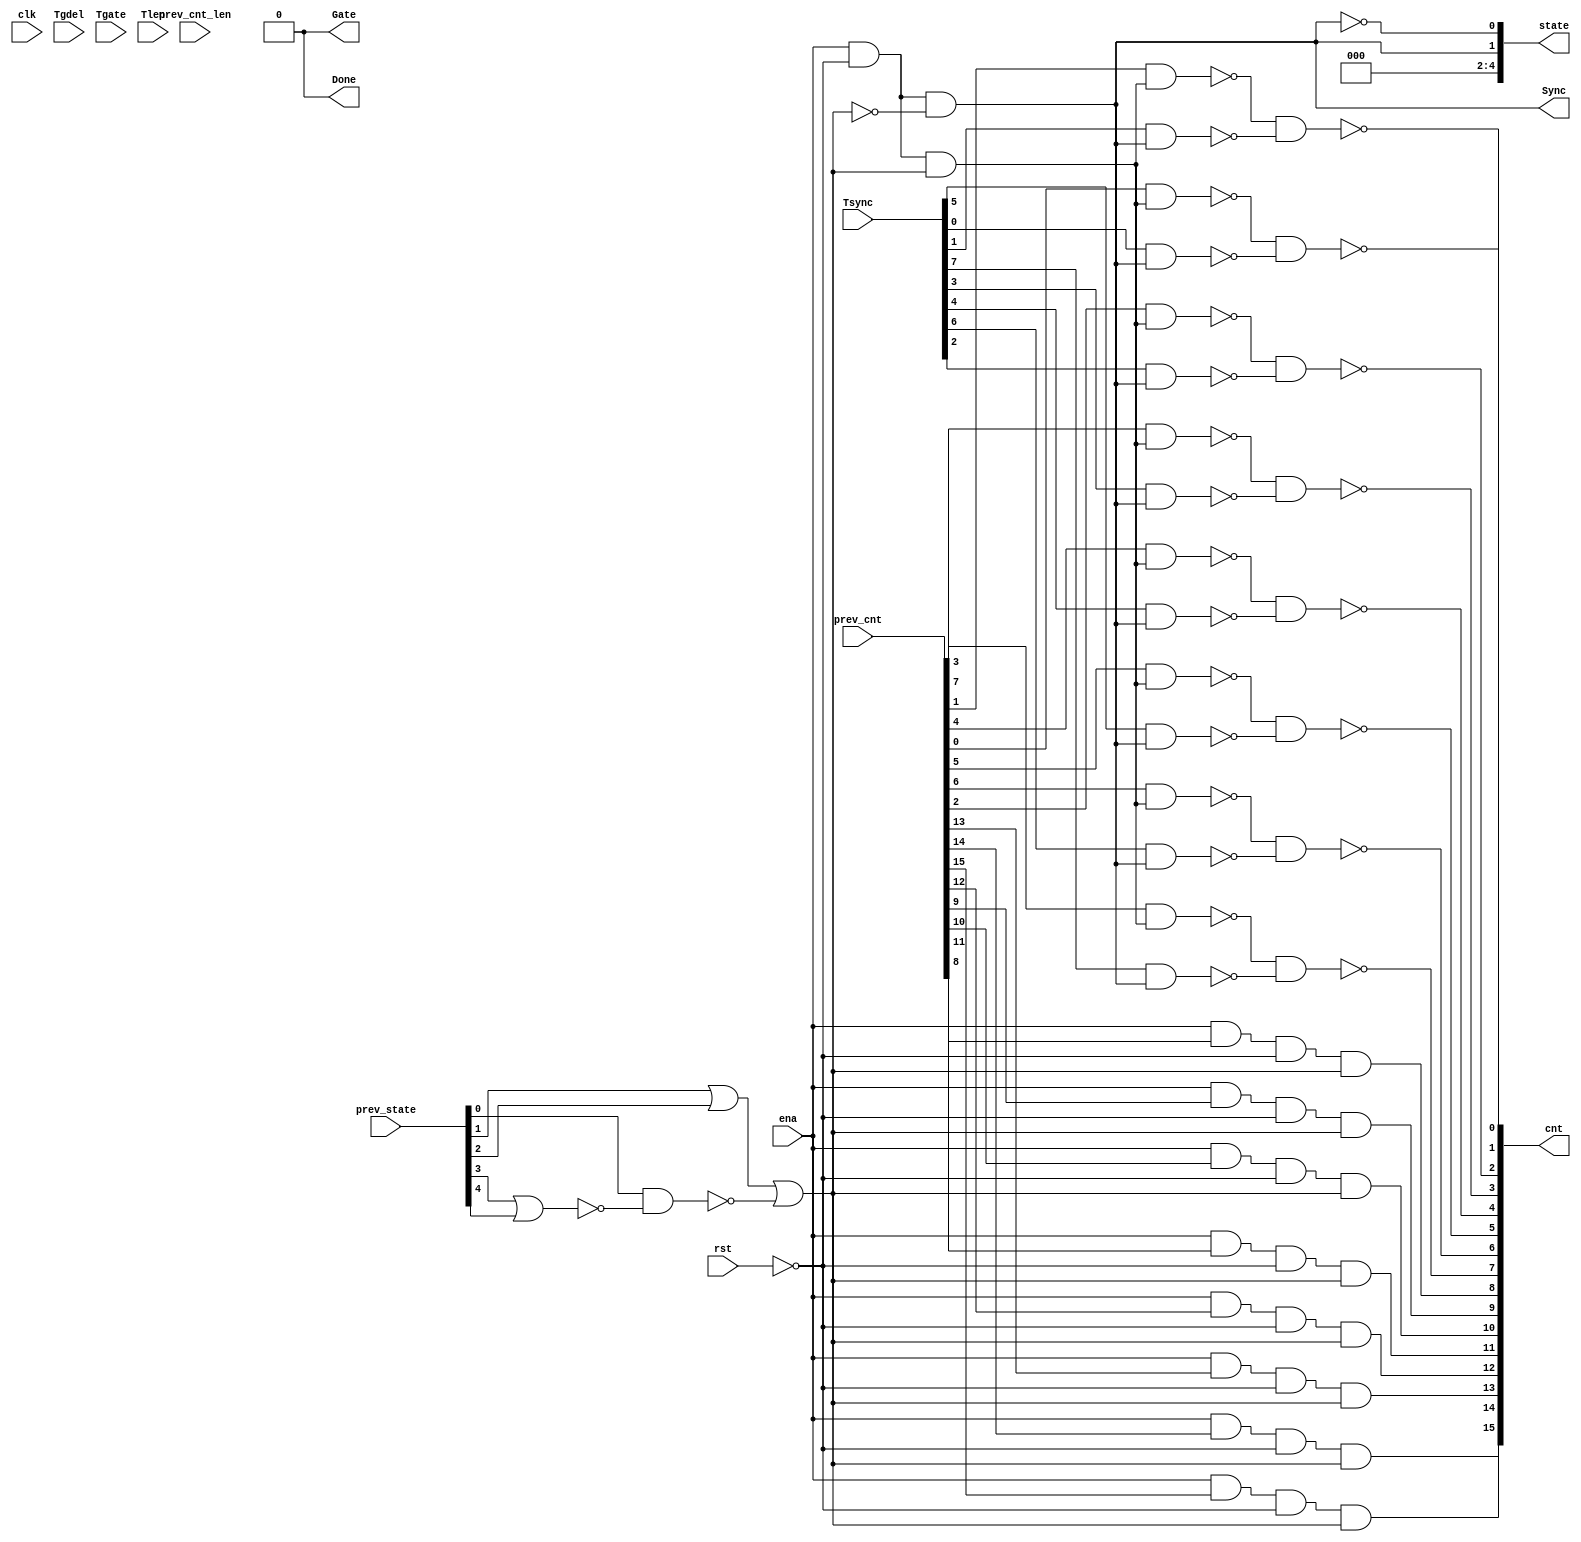

// Generated by Cadence Genus(TM) Synthesis Solution 19.20-d227_1
// Generated on: Aug  3 2021 03:02:40 PDT (Aug  3 2021 10:02:40 UTC)

// Verification Directory fv/top 

module top(clk, ena, rst, Tsync, Tgdel, Tgate, Tlen, Sync, Gate, Done,
     prev_state, prev_cnt, prev_cnt_len, cnt, state);
  input clk, ena, rst;
  input [7:0] Tsync, Tgdel;
  input [15:0] Tgate, Tlen, prev_cnt, prev_cnt_len;
  input [4:0] prev_state;
  output Sync, Gate, Done;
  output [15:0] cnt;
  output [4:0] state;
  wire clk, ena, rst;
  wire [7:0] Tsync, Tgdel;
  wire [15:0] Tgate, Tlen, prev_cnt, prev_cnt_len;
  wire [4:0] prev_state;
  wire Sync, Gate, Done;
  wire [15:0] cnt;
  wire [4:0] state;
  wire n_0, n_1, n_2, n_3, n_5, n_6, n_7, n_8;
  wire n_9, n_10, n_11, n_12, n_13, n_14, n_15, n_16;
  wire n_17, n_18, n_19, n_20, n_21, n_22, n_23, n_24;
  wire n_25, n_26, n_27, n_28, n_29, n_30, n_31, n_32;
  wire n_33, n_34, n_35, n_36, n_37, n_38, n_39, n_40;
  wire n_41;
  assign state[2] = 1'b0;
  assign state[3] = 1'b0;
  assign state[4] = 1'b0;
  assign Done = 1'b0;
  assign Gate = 1'b0;
  nand g1850 (n_41, n_21, n_33);
  nand g1848 (n_40, n_20, n_18);
  nand g1849 (n_39, n_29, n_24);
  nand g1853 (n_38, n_25, n_19);
  nand g1854 (n_37, n_27, n_26);
  nand g1851 (n_36, n_17, n_16);
  nand g1852 (n_35, n_31, n_23);
  nand g1847 (n_34, n_22, n_30);
  nand g1868 (n_33, Tsync[5], n_32);
  nand g1867 (n_31, prev_cnt[3], n_28);
  nand g1860 (n_30, Tsync[0], n_32);
  nand g1858 (n_29, prev_cnt[7], n_28);
  nand g1856 (n_27, prev_cnt[1], n_28);
  nand g1857 (n_26, Tsync[1], n_32);
  nand g1870 (n_25, prev_cnt[4], n_28);
  nand g1862 (n_24, Tsync[7], n_32);
  nand g1875 (n_23, Tsync[3], n_32);
  nand g1859 (n_22, prev_cnt[0], n_28);
  nand g1873 (n_21, prev_cnt[5], n_28);
  nand g1863 (n_20, prev_cnt[6], n_28);
  nand g1871 (n_19, Tsync[4], n_32);
  nand g1865 (n_18, Tsync[6], n_32);
  nand g1876 (n_17, prev_cnt[2], n_28);
  nand g1877 (n_16, Tsync[2], n_32);
  and g1864 (n_15, ena, prev_cnt[13], n_12, n_13);
  and g1855 (n_14, ena, prev_cnt[14], n_12, n_13);
  and g1861 (n_11, ena, prev_cnt[15], n_12, n_13);
  and g1866 (n_10, ena, prev_cnt[12], n_12, n_13);
  and g1874 (n_9, ena, prev_cnt[9], n_12, n_13);
  and g1869 (n_8, ena, prev_cnt[10], n_12, n_13);
  and g1872 (n_7, ena, prev_cnt[11], n_12, n_13);
  and g1878 (n_6, ena, prev_cnt[8], n_12, n_13);
  not g1880 (n_5, n_3);
  and g1879 (n_28, ena, n_12, n_13);
  assign state[0] = n_3;
  not g1882 (n_32, n_3);
  nand g1883 (n_3, ena, n_12, n_2);
  not g1884 (n_13, n_2);
  nor g1885 (n_2, prev_state[1], prev_state[2], n_1);
  nand g1886 (n_1, prev_state[0], n_0);
  nor g1887 (n_0, prev_state[3], prev_state[4]);
  not g1888 (n_12, rst);
  assign Sync = n_32;
  assign cnt[8] = n_6;
  assign cnt[15] = n_11;
  assign cnt[14] = n_14;
  assign cnt[11] = n_7;
  assign cnt[13] = n_15;
  assign cnt[10] = n_8;
  assign cnt[9] = n_9;
  assign cnt[12] = n_10;
  assign cnt[2] = n_36;
  assign cnt[7] = n_39;
  assign cnt[5] = n_41;
  assign cnt[6] = n_40;
  assign cnt[3] = n_35;
  assign cnt[4] = n_38;
  assign cnt[1] = n_37;
  assign cnt[0] = n_34;
  assign state[1] = n_5;
endmodule